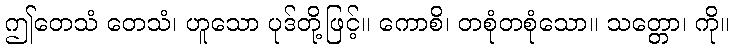
ဤတေသံ တေသံ၊ ဟူသော ပုဒ်တို့ဖြင့်။ ကောစိ၊ တစုံတစုံသော။ သတ္တော၊ ကို။